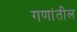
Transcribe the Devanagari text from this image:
गणांतील